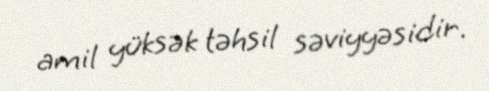
amil yüksək təhsil səviyyəsidir.